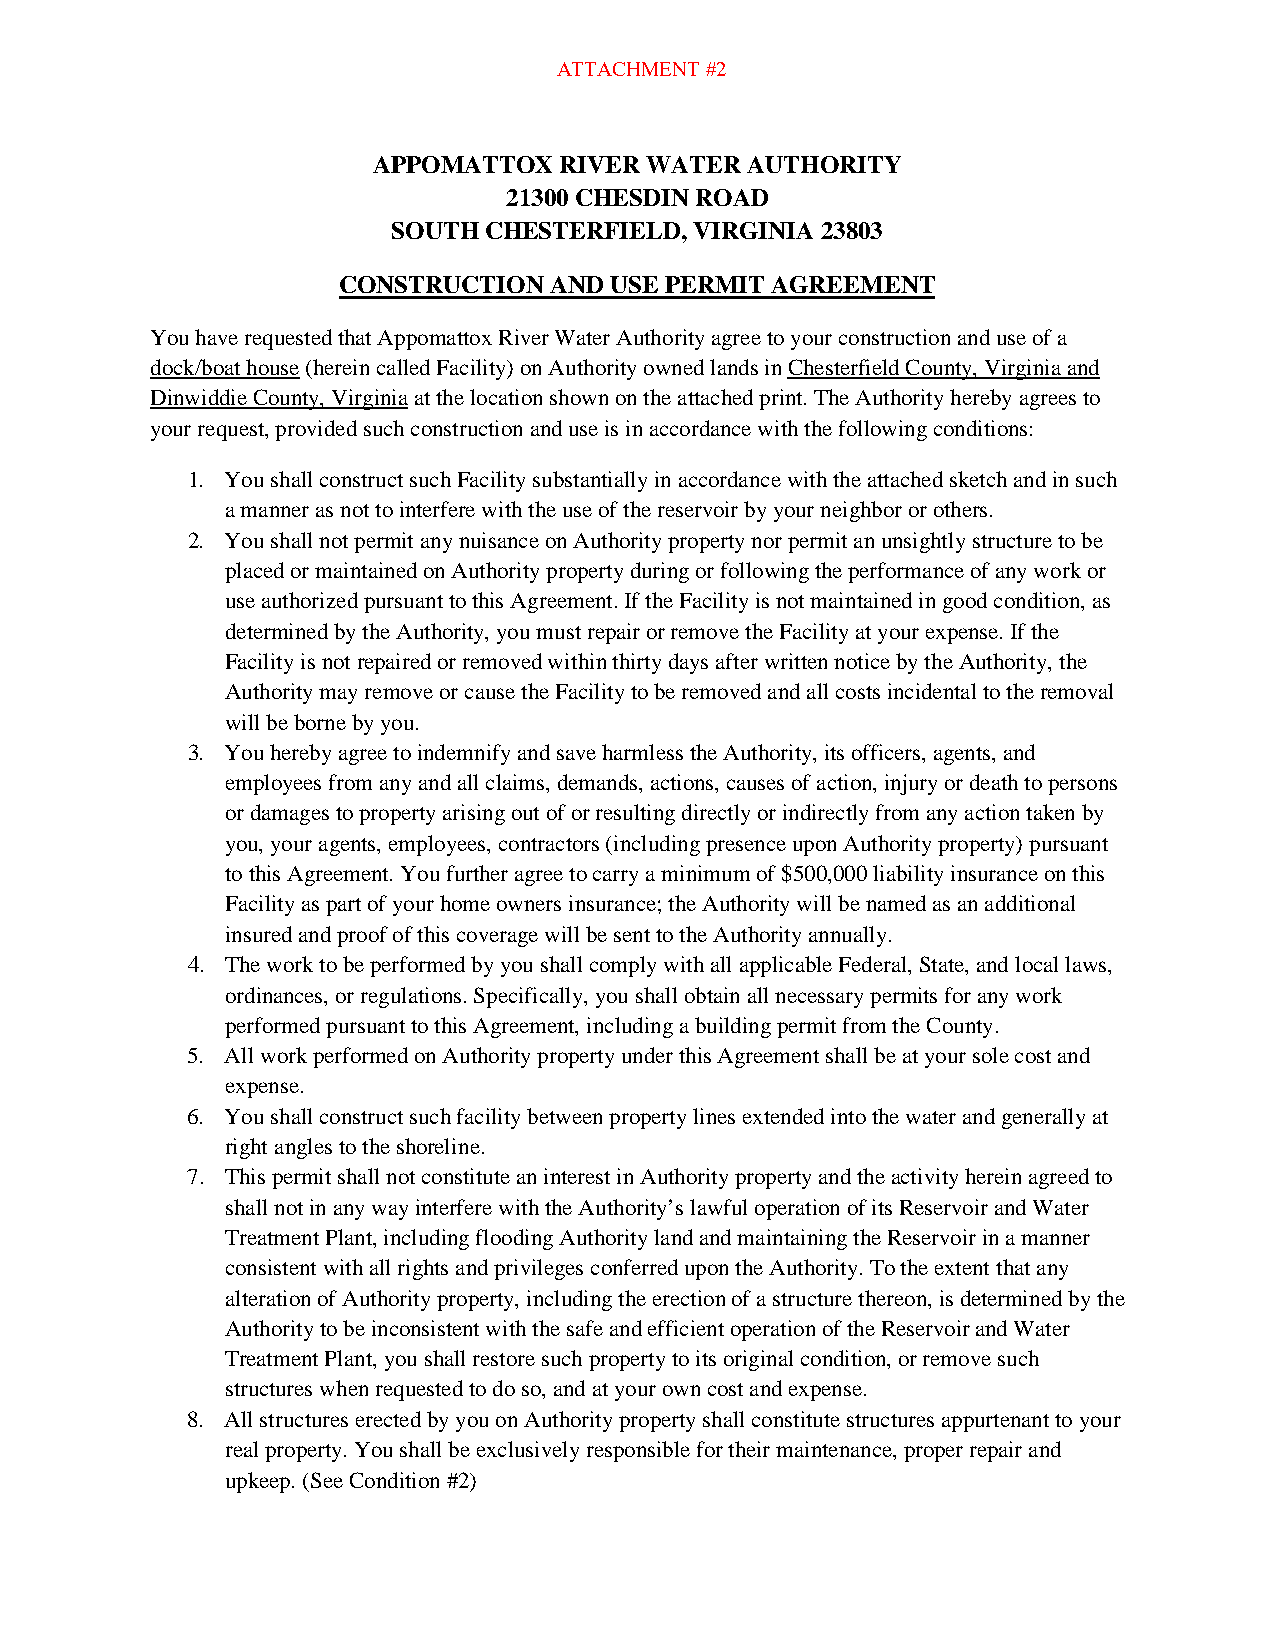
ATTACHMENT #2
 APPOMATTOX  RIVER WATER AUTHORITY
 21300 CHESDIN ROAD
 SOUTH CHESTERFIELD, VIRGINIA 23803
 CONSTRUCTION  AND USE PERMIT AGREEMENT
 You have requested that Appomattox River Water Authority agree to your construction and use of a
 dock/boat house (herein called Facility) on Authority owned lands in Chesterfield County, Virginia and
 Dinwiddie County, Virginia at the location shown on the attached print. The Authority hereby agrees to
 your request, provided such construction and use is in accordance with the following conditions:
 1. You shall construct such Facility substantially in accordance with the attached sketch and in such
 a manner as not to interfere with the use of the reservoir by your neighbor or others.
 2. You shall not permit any nuisance on Authority property nor permit an unsightly structure to be
 placed or maintained on Authority property during or following the performance of any work or
 use authorized pursuant to this Agreement. If the Facility is not maintained in good condition, as
 determined by the Authority, you must repair or remove the Facility at your expense. If the
 Facility is not repaired or removed within thirty days after written notice by the Authority, the
 Authority may remove or cause the Facility to be removed and all costs incidental to the removal
 will be borne by you.
 3. You hereby agree to indemnify and save harmless the Authority, its officers, agents, and
 employees from any and all claims, demands, actions, causes of action, injury or death to persons
 or damages to property arising out of or resulting directly or indirectly from any action taken by
 you, your agents, employees, contractors (including presence upon Authority property) pursuant
 to this Agreement. You further agree to carry a minimum of $500,000 liability insurance on this
 Facility as part of your home owners insurance; the Authority will be named as an additional
 insured and proof of this coverage will be sent to the Authority annually.
 4. The work to be performed by you shall comply with all applicable Federal, State, and local laws,
 ordinances, or regulations. Specifically, you shall obtain all necessary permits for any work
 performed pursuant to this Agreement, including a building permit from the County.
 5. All work performed on Authority property under this Agreement shall be at your sole cost and
 expense.
 6. You shall construct such facility between property lines extended into the water and generally at
 right angles to the shoreline.
 7. This permit shall not constitute an interest in Authority property and the activity herein agreed to
 shall not in any way interfere with the Authority’s lawful operation of its Reservoir and Water
 Treatment Plant, including flooding Authority land and maintaining the Reservoir in a manner
 consistent with all rights and privileges conferred upon the Authority. To the extent that any
 alteration of Authority property, including the erection of a structure thereon, is determined by the
 Authority to be inconsistent with the safe and efficient operation of the Reservoir and Water
 Treatment Plant, you shall restore such property to its original condition, or remove such
 structures when requested to do so, and at your own cost and expense.
 8. All structures erected by you on Authority property shall constitute structures appurtenant to your
 real property. You shall be exclusively responsible for their maintenance, proper repair and
 upkeep. (See Condition #2)